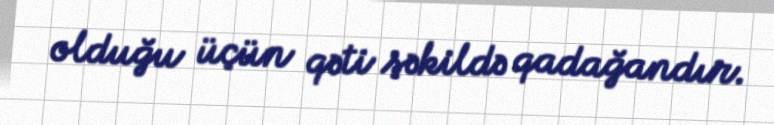
olduğu üçün qəti şəkildə qadağandır.